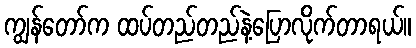
ကျွန်တော်က ထပ်တည်တည်နဲ့ပြောလိုက်တာရယ်။